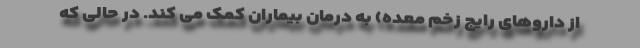
از داروهای رایج زخم معده) به درمان بیماران کمک می کند. در حالی که